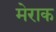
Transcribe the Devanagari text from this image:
मेराक